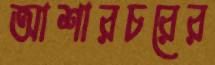
আশারচরের